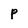
Character: P